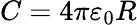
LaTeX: C=4\pi\varepsilon_{0}R